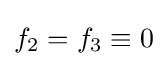
f_{2}=f_{3}\equiv 0